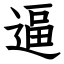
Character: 逼